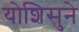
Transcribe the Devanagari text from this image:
योशिसुने